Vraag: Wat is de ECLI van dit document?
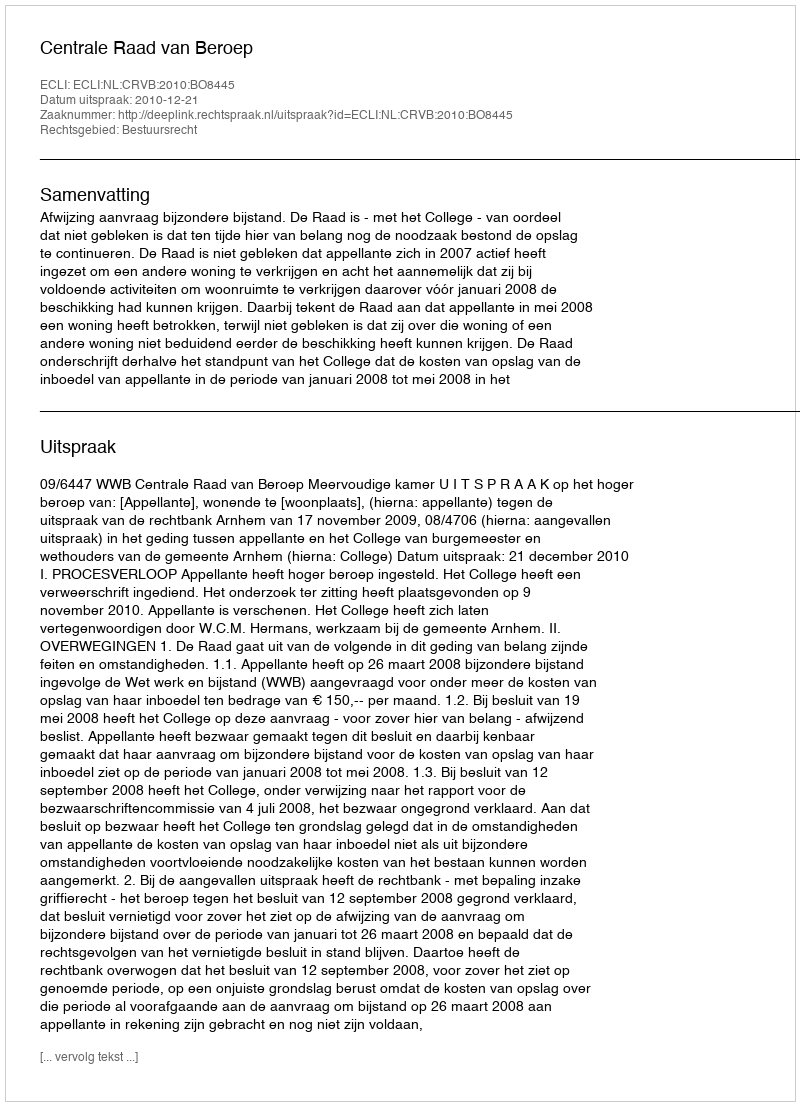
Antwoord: ECLI:NL:CRVB:2010:BO8445